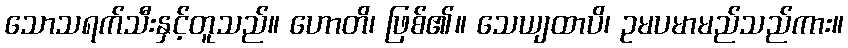
သောသရက်သီးနှင့်တူသည်။ ဟောတိ၊ ဖြစ်၏။ သေယျထာပိ၊ ဥမပမာမည်သည်ကား။